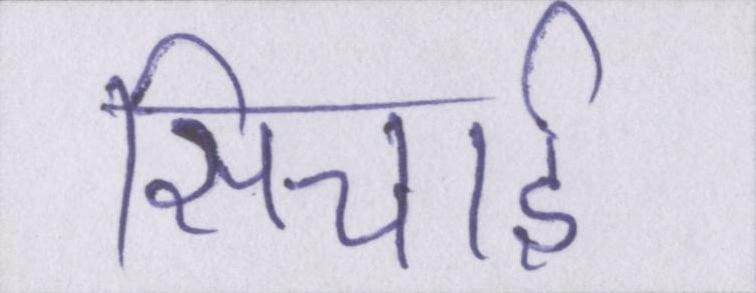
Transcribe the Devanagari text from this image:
सिचाई